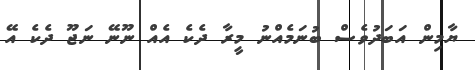
ޔާމިން އަބަދުވެސް ބުނަމެއްނު މީރާ ދެކެ އެއް ނޫނޭ ނަޖޫ ދެކެ އޭ